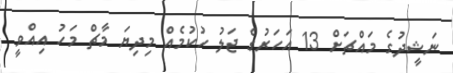
ނަޝީދުގެ މައްޗަށް 13 އަހަރުގެ ޖަލު ހުކުމެއް މިދިޔަ މާޗް މަހު އިއްވީ